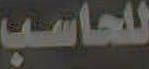
للحاسب